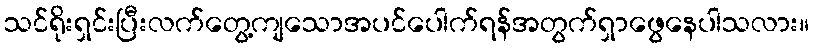
သင်ရိုးရှင်းပြီးလက်တွေ့ကျသောအပင်ပေါက်ရန်အတွက်ရှာဖွေနေပါသလား။